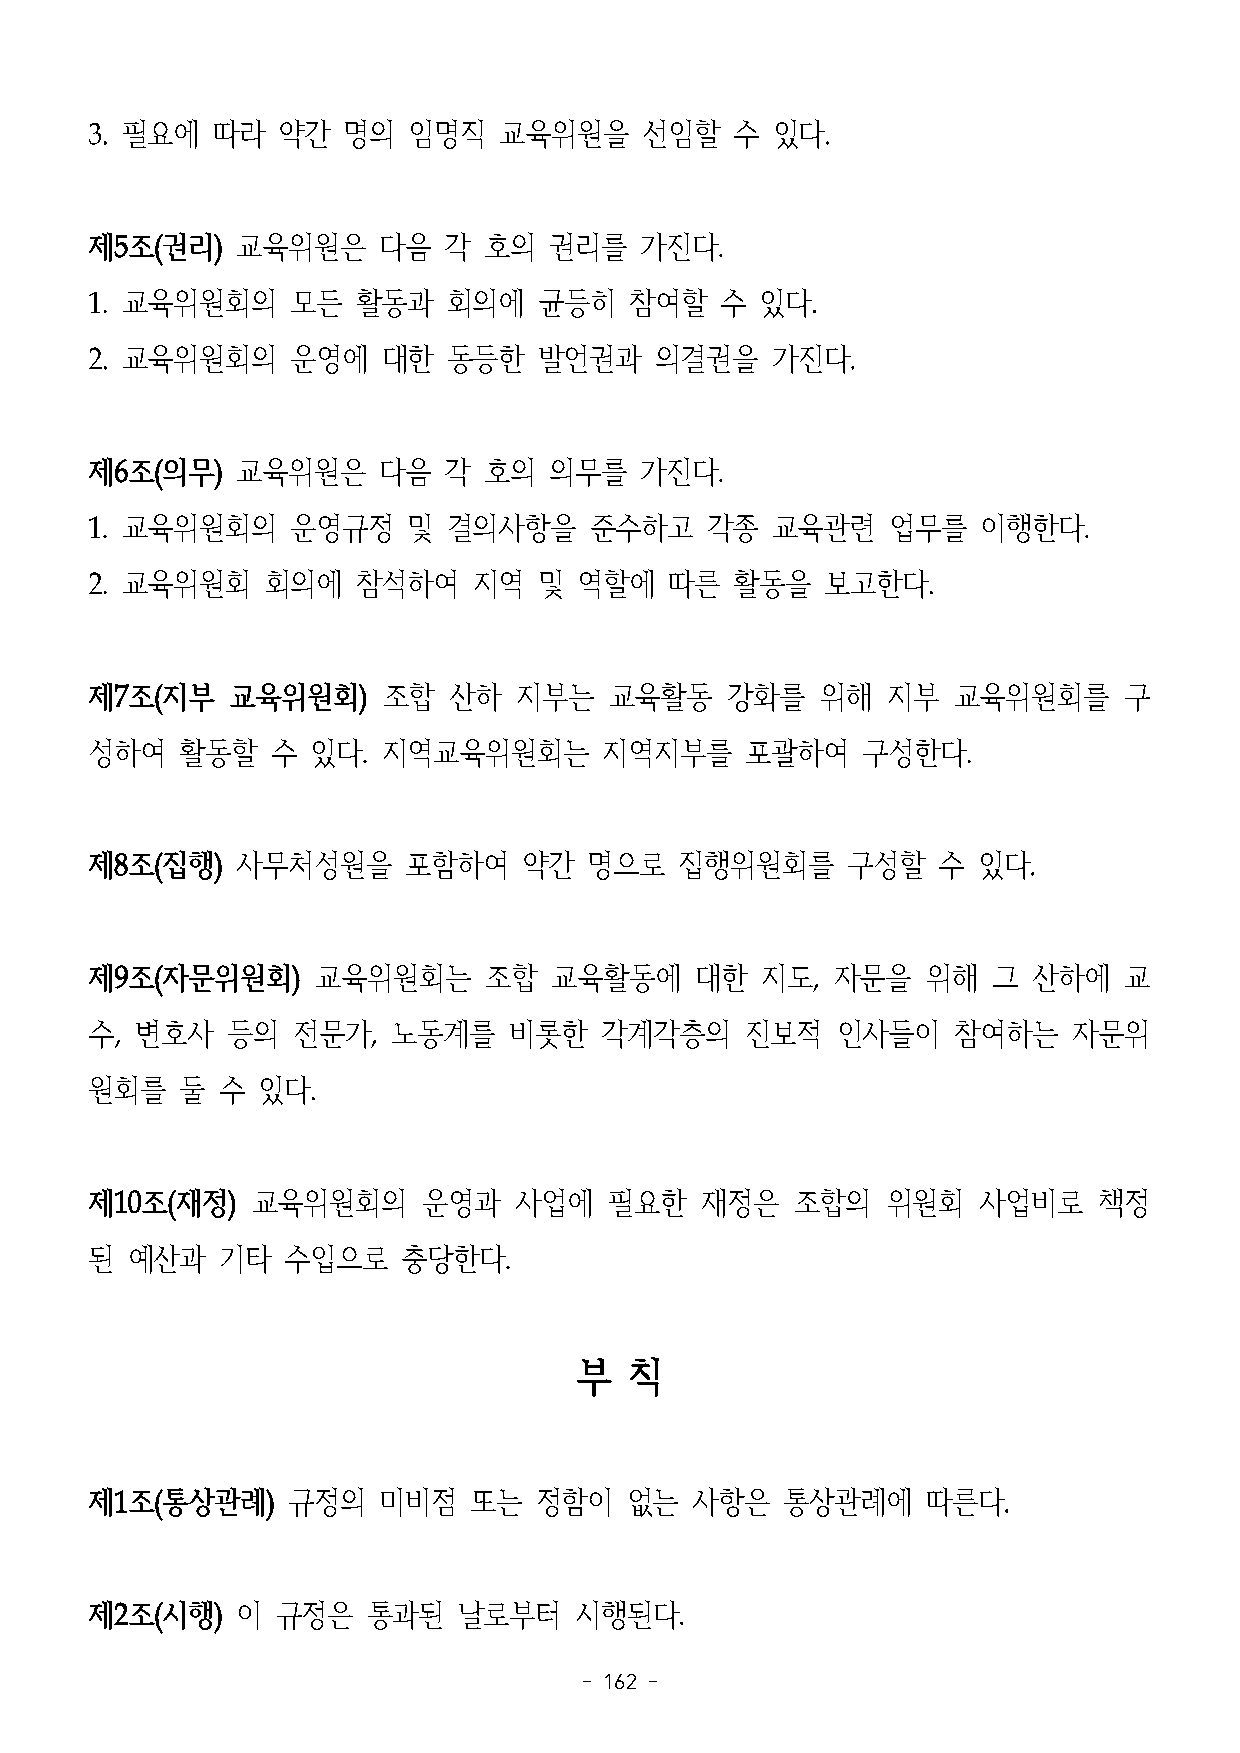
3. 필요에  따라  약간   명의  임명직   교육위원을    선임할    수 있다.
 제5조(권리)   교육위원은    다음  각  호의  권리를   가진다.
 1. 교육위원회의    모든   활동과   회의에   균등히   참여할   수 있다.
 2. 교육위원회의    운영에   대한   동등한   발언권과   의결권을    가진다.
 제6조(의무)   교육위원은    다음  각  호의  의무를   가진다.
 1. 교육위원회의    운영규정    및  결의사항을    준수하고    각종  교육관련    업무를   이행한다.
 2. 교육위원회    회의에   참석하여   지역   및 역할에   따른   활동을   보고한다.
 제7조(지부   교육위원회)    조합   산하  지부는   교육활동    강화를   위해   지부  교육위원회를     구
 성하여   활동할   수  있다. 지역교육위원회는       지역지부를    포괄하여    구성한다.
 제8조(집행)   사무처성원을     포함하여    약간  명으로   집행위원회를     구성할   수  있다.
 제9조(자문위원회)     교육위원회는     조합  교육활동에     대한  지도,  자문을   위해   그 산하에   교
 수, 변호사   등의  전문가,   노동계를    비롯한   각계각층의    진보적   인사들이    참여하는    자문위
 원회를   둘 수  있다.
 제10조(재정)   교육위원회의     운영과   사업에   필요한   재정은    조합의   위원회   사업비로    책정
 된 예산과   기타   수입으로    충당한다.
 부   칙
 제1조(통상관례)    규정의   미비점   또는  정함이   없는   사항은   통상관례에    따른다.
 제2조(시행)   이 규정은   통과된   날로부터    시행된다.
 - 162 -